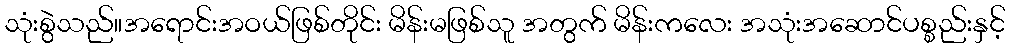
သုံးစွဲသည်။အရောင်းအဝယ်ဖြစ်တိုင်း မိန်းမဖြစ်သူ အတွက် မိန်းကလေး အသုံးအဆောင်ပစ္စည်းနှင့်